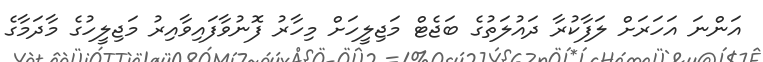
އަންނަ އަހަރަށް ލަފާކުރާ ދައުލަތުގެ ބަޖެޓް މަޖިލީހަށް މިހާރު ފޮނުވާފައިވާއިރު މަޖިލީހުގެ މާދަމާގެ